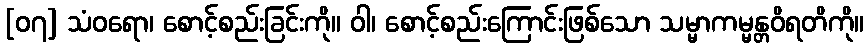
[၀၇] သံဝရော၊ စောင့်စည်းခြင်းကို။ ဝါ၊ စောင့်စည်းကြောင်းဖြစ်သော သမ္မာကမ္မန္တဝိရတိကို။